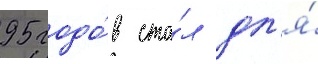
95 годо́в ста́л дл'я́